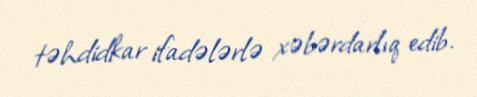
təhdidkar ifadələrlə xəbərdarlıq edib.